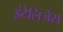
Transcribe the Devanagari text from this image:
इंटेलिजेस